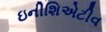
ઇનીશિએટીવ